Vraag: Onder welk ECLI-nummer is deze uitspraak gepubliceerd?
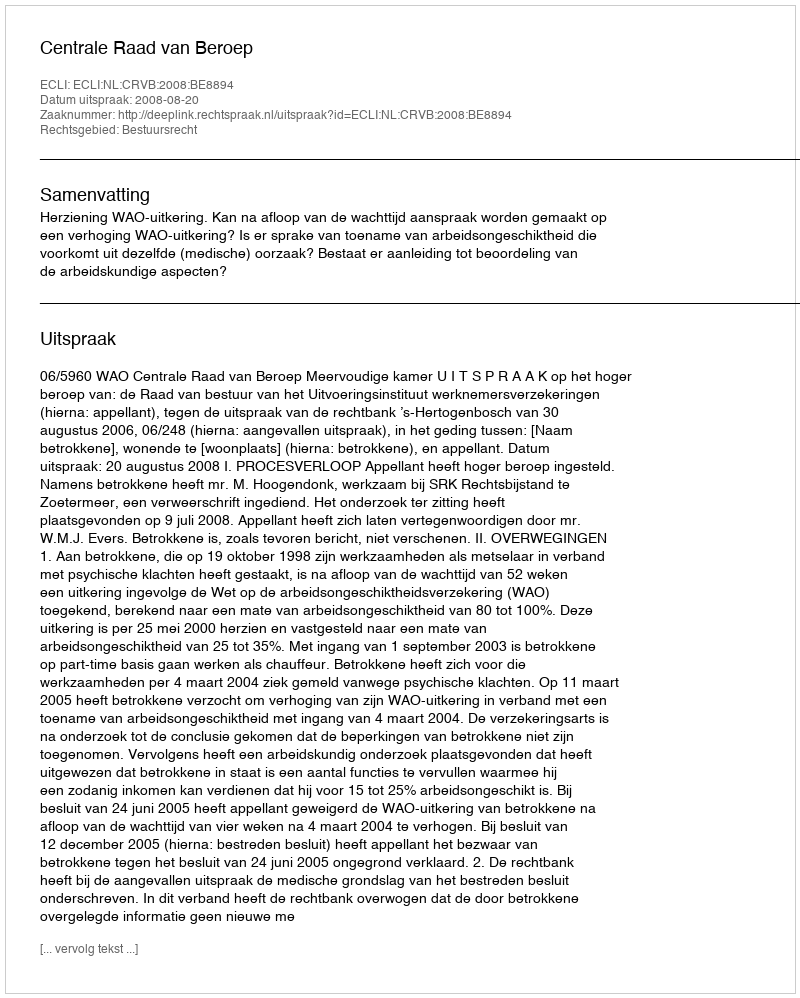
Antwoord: ECLI:NL:CRVB:2008:BE8894